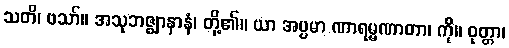
သတိ၊ ဗသာ်။ အသုဘဇ္ဈာနာနံ၊ တို့၏။ ယာ အပ္ပမာ ဏာရမ္မဏာတာ၊ ကို။ ဝုတ္တာ၊